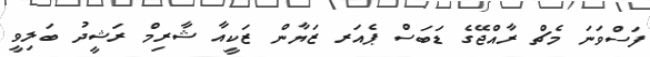
ފަސްވަނަ މެޗް ރާއްޖޭގެ ޑަބަސް ޕެއަރ ޒަޔާން ޒަކީއާ ޝާރިމް ރަޝީދު ބަލިވީ